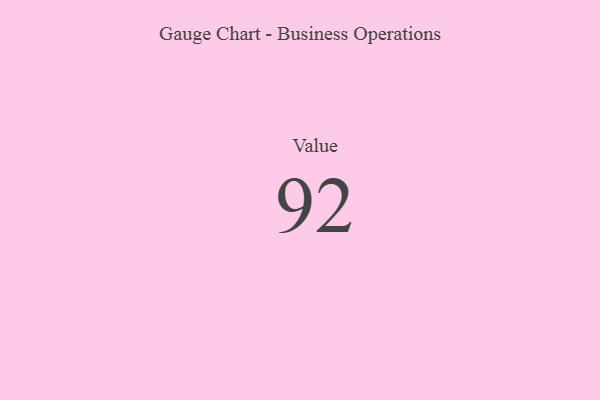
{"axis": {"x": "Metric", "y": "Value"}, "legend": [""], "data": [{"x": "Value", "y": 92, "type": ""}]}